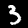
Digit: 3